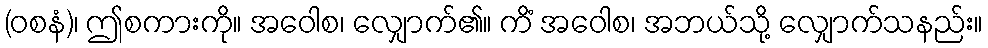
(ဝစနံ)၊ ဤစကားကို။ အဝေါစ၊ လျှောက်၏။ ကိံ အဝေါစ၊ အဘယ်သို့ လျှောက်သနည်း။